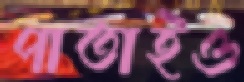
পাতাইও